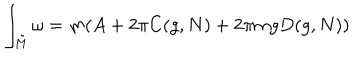
\int _ { { \tilde { M } } } \omega = m ( A + 2 \pi C ( g , N ) + 2 \pi m g D ( g , N ) )